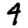
Digit: 4